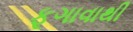
ફૂગાવાથી